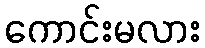
ကောင်းမလား